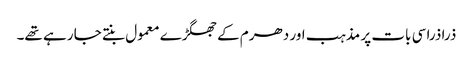
ذرا ذرا سی بات پر مذہب اور دھرم کے جھگڑے معمول بنتے جا رہے تھے۔